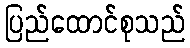
ပြည်ထောင်စုသည်